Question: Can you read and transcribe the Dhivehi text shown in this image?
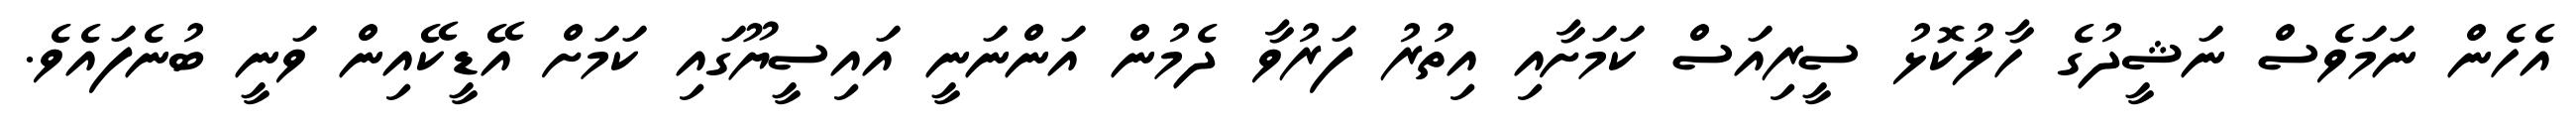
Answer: އެހެން ނަމަވެސް ނަޝީދުގެ ހާލުކޮޅު ސީރިއަސް ކަމަށާއި އިތުރު ފަރުވާ ދެމުން އަންނަނީ އައިސީޔޫގައި ކަމަށް އޭޑީކޭއިން ވަނީ ބުނެފައެވެ.